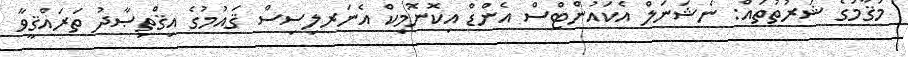
މަޤާމުގެ ޝަރުތުތައް: ނެޝަނަލް އެކައުންޓްސް އެންޑް އިކޮނޮމިކް އެނަރލިސިސް ޤައުމުގެ އިޤްތިޞާދު ތަރައްޤީވާ